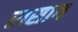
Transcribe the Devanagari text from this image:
रासाय